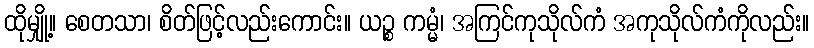
ထိုမျှို့။ စေတသာ၊ စိတ်ဖြင့်လည်းကောင်း။ ယဉ္စ ကမ္မံ၊ အကြင်ကုသိုလ်ကံ အကုသိုလ်ကံကိုလည်း။